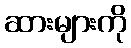
ဆားများကို